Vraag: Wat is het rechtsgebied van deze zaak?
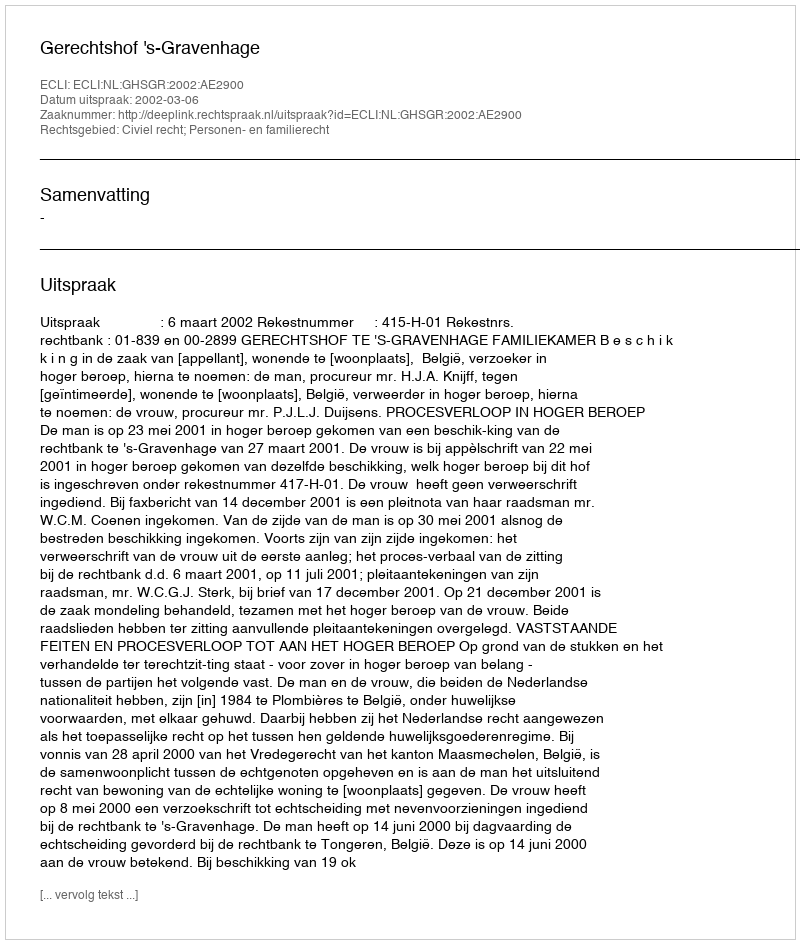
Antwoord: Civiel recht; Personen- en familierecht